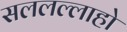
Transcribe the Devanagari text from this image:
सललल्लाहो